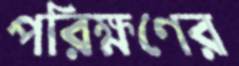
পরিক্ষণের